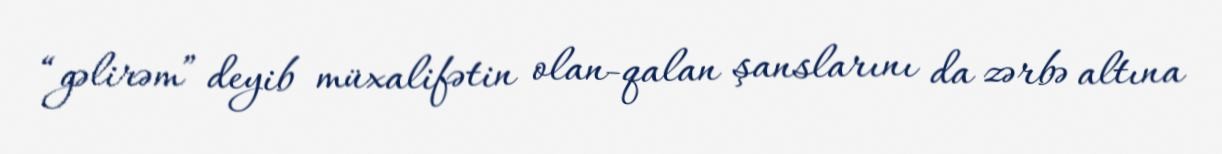
“gəlirəm” deyib müxalifətin olan-qalan şanslarını da zərbə altına